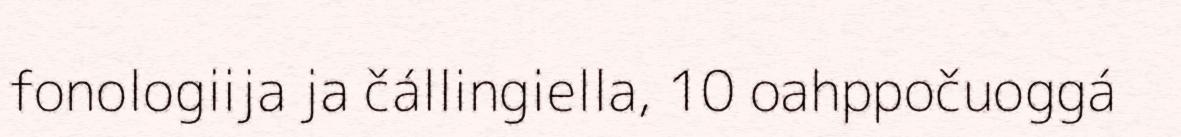
fonologiija ja čállingiella, 10 oahppočuoggá